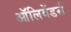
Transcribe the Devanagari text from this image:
ऑलिवेंडर्स